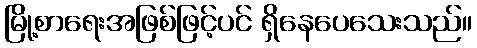
မြို့စာရေးအဖြစ်ဖြင့်ပင် ရှိနေပေသေးသည်။